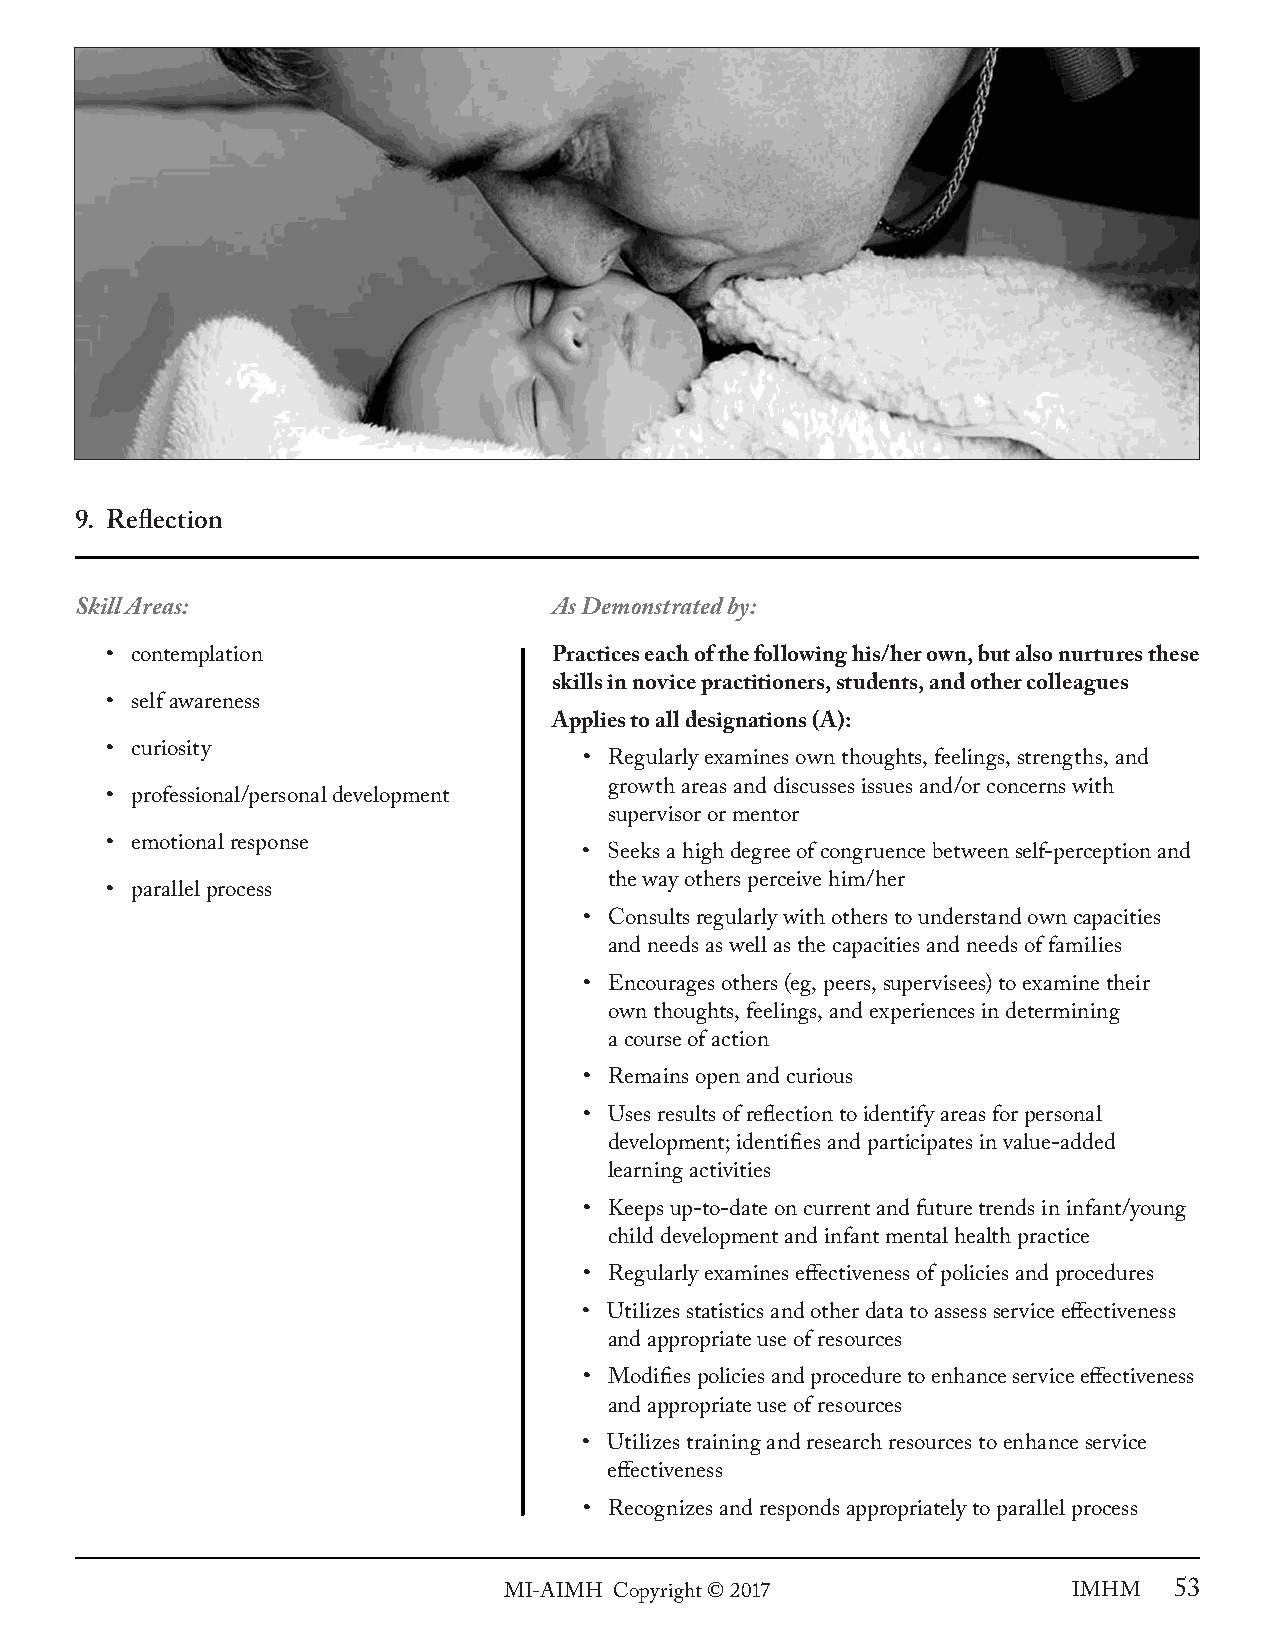
9. Reflection
 Skill Areas:                    As Demonstrated by:
 • contemplation               Practices each of the following his/her own, but also nurtures these
 skills in novice practitioners, students, and other colleagues
 • self awareness
 Applies to all designations (A):
 • curiosity
 • Regularly examines own thoughts, feelings, strengths, and
 growth areas and discusses issues and/or concerns with
 • professional/personal development
 supervisor or mentor
 • emotional response
 • Seeks a high degree of congruence between self-perception and
 the way others perceive him/her
 • parallel process
 • Consults regularly with others to understand own capacities
 and needs as well as the capacities and needs of families
 • Encourages others (eg, peers, supervisees) to examine their
 own thoughts, feelings, and experiences in determining
 a course of action
 • Remains open and curious
 • Uses results of reflection to identify areas for personal
 development; identifies and participates in value-added
 learning activities
 • Keeps up-to-date on current and future trends in infant/young
 child development and infant mental health practice
 • Regularly examines effectiveness of policies and procedures
 • Utilizes statistics and other data to assess service effectiveness
 and appropriate use of resources
 • Modifies policies and procedure to enhance service effectiveness
 and appropriate use of resources
 • Utilizes training and research resources to enhance service
 effectiveness
 • Recognizes and responds appropriately to parallel process
 MI-AIMH Copyright © 2017              IMHM   53